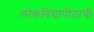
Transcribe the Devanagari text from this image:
लोकविद्यापीठाची